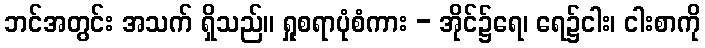
ဘင်အတွင်း အသက် ရှိသည်။ ရှုစရာပုံစံကား - အိုင်၌ရေ၊ ရေ၌ငါး၊ ငါးစာကို